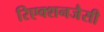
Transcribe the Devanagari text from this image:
रिएक्शनजैसी